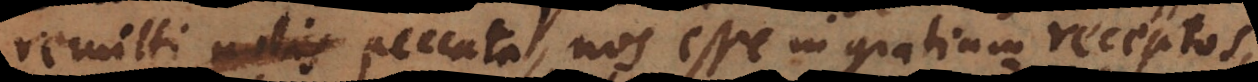
remitti peccata, nos esse in gratiam receptos,